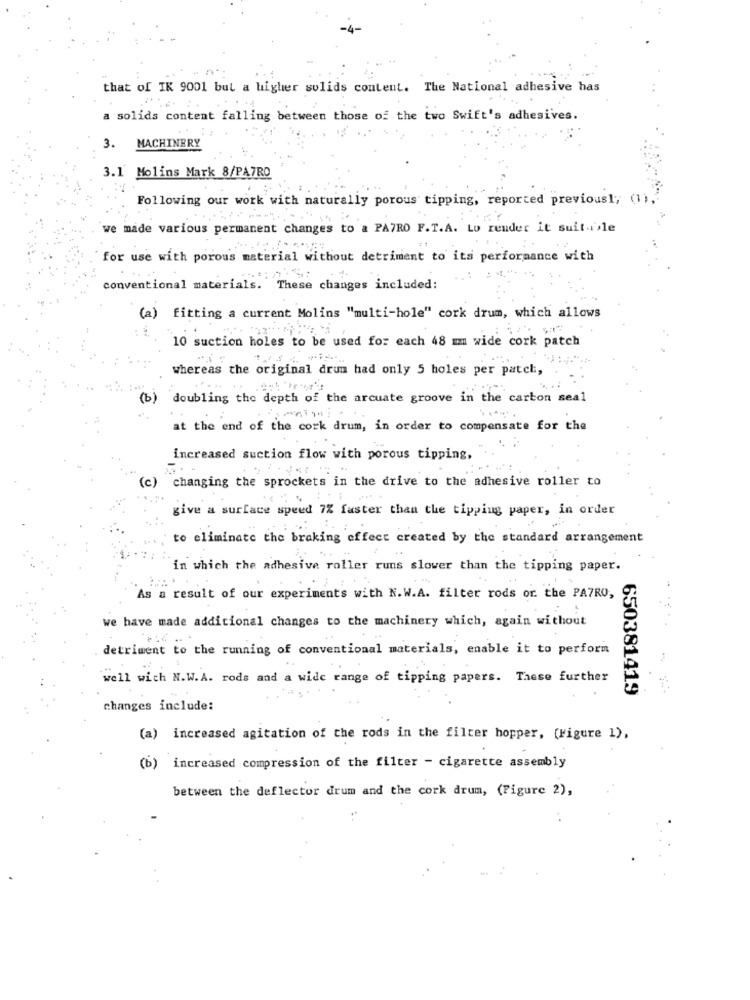
that of IK 9001 but a higher solids content. The National adhesive has
a solids content falling between those of the two Swift's adhesives.
3. MACHINERY
3.1 Molins Mark 8/PA7RO
Following our work with naturally porous tipping, reported previous1; (1),
we made various permanent changes to a PA7RO F.T.A. Lo render it suit.i.le
for use with porous material without detriment to its performance with
conventional materials. These changes included:
(a) fitting a current Molins "multi-hole" cork drum, which allows
10 suction holes to be used for each 48 mm wide cork patch
whereas the original drum had only 5 holes per patch,
(b)
doubling the depth of the arcuate groove in the carbon seal
at the end of the cork drum, in order to compensate for the
increased suction flow with porous tipping,
(c) changing the sprockets in the drive to the adhesive roller to
give a surface speed 7% faster than the tipping paper, in order
to eliminate the braking effect created by the standard arrangement
in which the adhesive roller runs slower than the tipping paper.
As a result of our experiments with N.W.A. filter rods or. the PATRO,
we have made additional changes to the machinery which, again without
detriment to the running of conventional materials, enable it to perform
well wich N.W.A. rods and a wide range of tipping papers. These further
650381419
changes include:
(a) increased agitation of the rods in the filter hopper, (Figure 1),
(b) increased compression of the filter - cigarette assembly
between the deflector drum and the cork drum, (Figure 2),